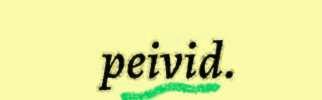
peivid.